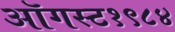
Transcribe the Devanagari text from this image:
ऑगस्ट१९८४